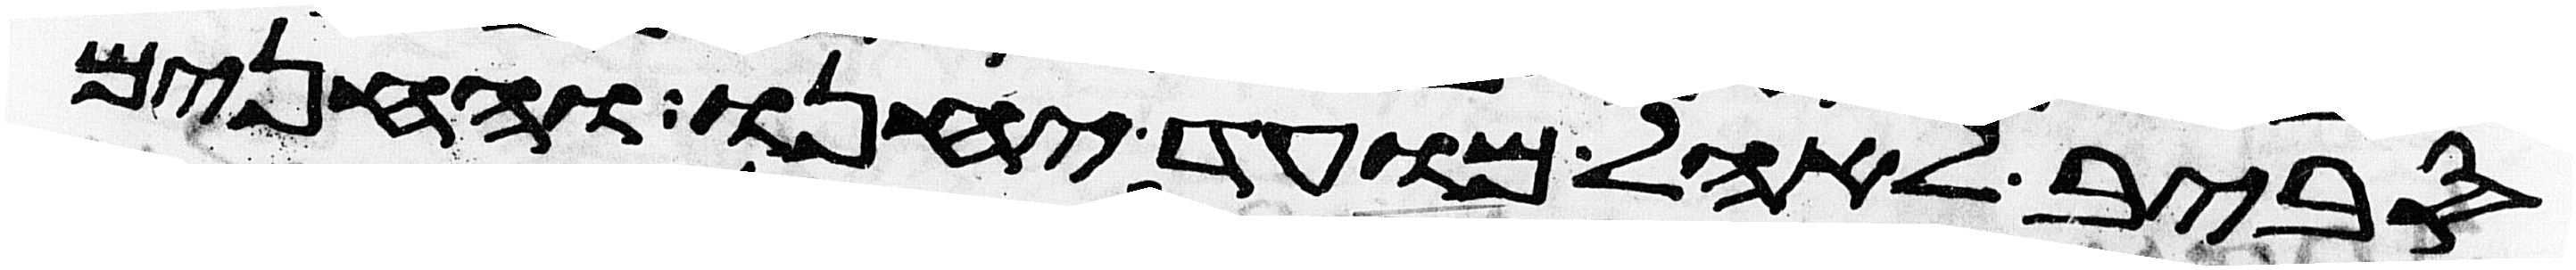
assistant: סביב לאהל מועד יחנו והחנים